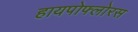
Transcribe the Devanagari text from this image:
हायपोफ्लोरस